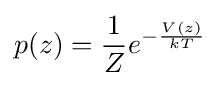
p(z)={\frac {1}{Z}}e^{-{\frac {V(z)}{kT}}}